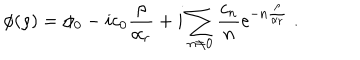
LaTeX: \phi ( \rho ) = \phi _ { 0 } - i c _ { 0 } { \frac { \rho } { \alpha _ { r } } } + i \sum _ { n \neq 0 } \frac { c _ { n } } { n } \mathrm { e } ^ { - n { \frac { \rho } { \alpha _ { r } } } } \ .